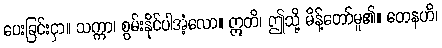
ပေးခြင်းငှာ။ သက္ကာ၊ စွမ်းနိုင်ပါအံ့လော။ ဣတိ၊ ဤသို့ မိန့်တော်မူ၏။ တေနဟိ၊